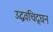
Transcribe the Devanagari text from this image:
उद्धवचिद्‌घन